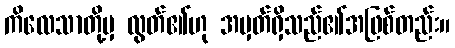
ကိလေသာတို့မှ လွတ်၏ဟု အမှတ်ရှိသည်၏အဖြစ်တည်း။